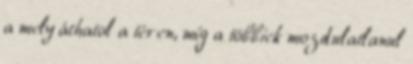
a mely áthatol a téren, míg a többiek mozdulatlanul